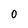
Character: o